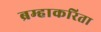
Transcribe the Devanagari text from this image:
ब्रम्हाकरिता